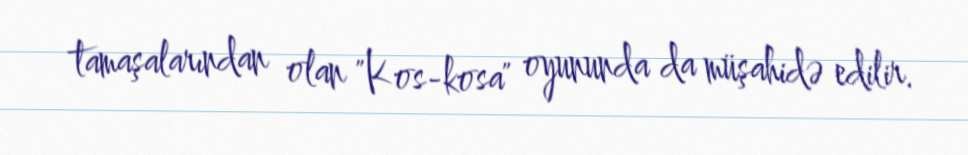
tamaşalarından olan "Kos-kosa" oyununda da müşahidə edilir.